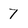
Character: 7